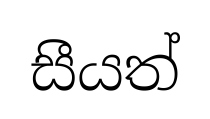
සීයත්